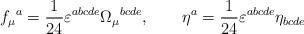
LaTeX: \begin{align*}f_\mu{}^a = \frac{1}{24} \varepsilon^{abcde} \Omega_\mu{}^{bcde},\qquad \eta^a = \frac{1}{24} \varepsilon^{abcde} \eta_{bcde}\end{align*}